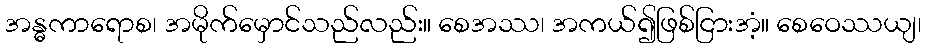
အန္ဓကာရောစ၊ အမိုက်မှောင်သည်လည်း။ စေအဿ၊ အကယ်၍ဖြစ်ငြားအံ့။ စေဝေဿယျ၊